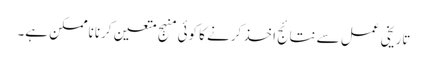
تاریخی عمل سے نتائج اخذ کرنے کا کوئی منہج متعین کرنا ناممکن ہے۔